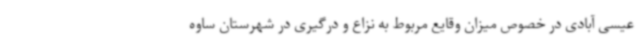
عیسی آبادی در خصوص میزان وقایع مربوط به نزاع و درگیری در شهرستان ساوه